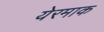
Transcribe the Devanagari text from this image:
येरमाक